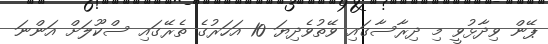
ޕޭން ވިދާޅުވީ މި ދިރާސާގައި ވޭތުވެދިޔަ 10 އަހަރުގެ ތެރޭގައި ސްކޫލަށް އަންނަ